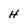
Character: H